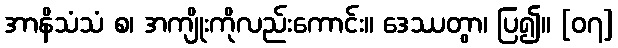
အာနိသံသံ စ၊ အကျိုးကိုလည်းကောင်း။ ဒေဿတွာ၊ ပြ၍။ [၀၇]